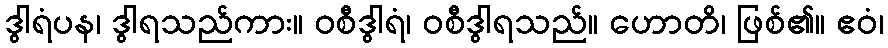
ဒွါရံပန၊ ဒွါရသည်ကား။ ဝစီဒွါရံ၊ ဝစီဒွါရသည်။ ဟောတိ၊ ဖြစ်၏။ ဧဝံ၊